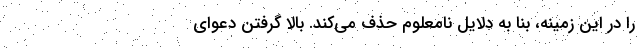
را در این زمینه، بنا به دلایل نامعلوم حذف می‌کند. بالا گرفتن دعوای